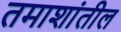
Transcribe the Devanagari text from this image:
तमाशांतील